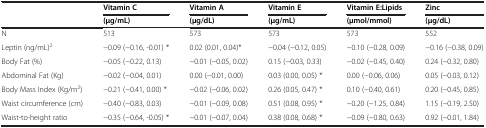
<table><thead><tr><td rowspan="2"><b> </b></td><td><b>Vitamin C</b></td><td><b>Vitamin A</b></td><td><b>Vitamin E</b></td><td><b>Vitamin E:Lipids</b></td><td><b>Zinc</b></td></tr><tr><td><b>(μg/mL)</b></td><td><b>(μg/dL)</b></td><td><b>(μg/mL)</b></td><td><b>(μmol/mmol)</b></td><td><b>(μg/dL)</b></td></tr></thead><tbody><tr><td>N</td><td>513</td><td>573</td><td>573</td><td>573</td><td>552</td></tr><tr><td>Leptin (ng/mL)<sup>2</sup></td><td>−0.09 (−0.16, -0.01) *</td><td>0.02 (0.01, 0.04)*</td><td>−0.04 (−0.12, 0.05)</td><td>−0.10 (−0.28, 0.09)</td><td>−0.16 (−0.38, 0.09)</td></tr><tr><td>Body Fat (%)</td><td>−0.05 (−0.22, 0.13)</td><td>−0.01 (−0.05, 0.02)</td><td>0.15 (−0.03, 0.33)</td><td>−0.02 (−0.45, 0.40)</td><td>0.24 (−0.32, 0.80)</td></tr><tr><td>Abdominal Fat (Kg)</td><td>−0.02 (−0.04, 0.01)</td><td>0.00 (−0.01, 0.00)</td><td>0.03 (0.00, 0.05) *</td><td>0.00 (−0.06, 0.06)</td><td>0.05 (−0.03, 0.12)</td></tr><tr><td>Body Mass Index (Kg/m<sup>2</sup>)</td><td>−0.21 (−0.41, 0.00) *</td><td>−0.02 (−0.06, 0.02)</td><td>0.26 (0.05, 0.47) *</td><td>0.10 (−0.40, 0.61)</td><td>0.20 (−0.45, 0.85)</td></tr><tr><td>Waist circumference (cm)</td><td>−0.40 (−0.83, 0.03)</td><td>−0.01 (−0.09, 0.08)</td><td>0.51 (0.08, 0.95) *</td><td>−0.20 (−1.25, 0.84)</td><td>1.15 (−0.19, 2.50)</td></tr><tr><td>Waist-to-height ratio</td><td>−0.35 (−0.64, -0.05) *</td><td>−0.01 (−0.07, 0.04)</td><td>0.38 (0.08, 0.68) *</td><td>−0.09 (−0.80, 0.63)</td><td>0.92 (−0.01, 1.84)</td></tr></tbody></table>